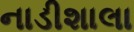
નાડીશાલા